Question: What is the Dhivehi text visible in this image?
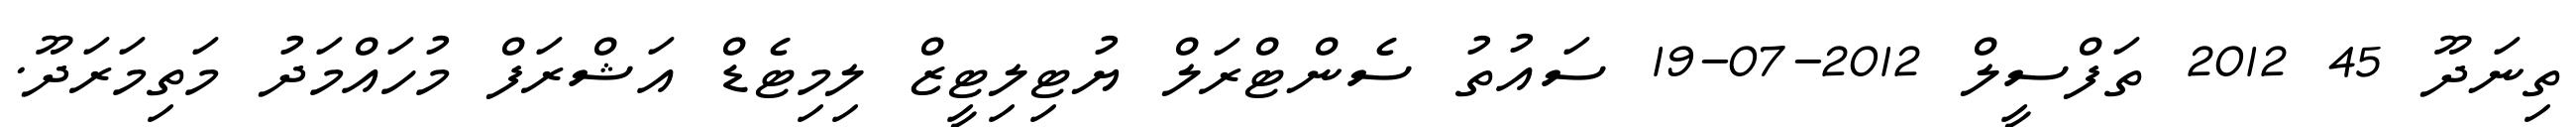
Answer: ތިނަދޫ 45 2012 ތަފްސީލް 2012-07-19 ސައުތު ސެންޓްރަލް ޔުޓިލިޓީޒް ލިމިޓެޑް އަޝްރަފް މުހައްމަދު މަތިމަރަދޫ.